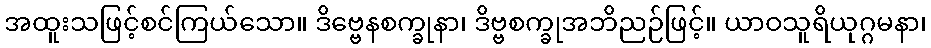
အထူးသဖြင့်စင်ကြယ်သော။ ဒိဗ္ဗေနစက္ခုနာ၊ ဒိဗ္ဗစက္ခုအဘိညဉ်ဖြင့်။ ယာဝသူရိယုဂ္ဂမနာ၊